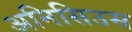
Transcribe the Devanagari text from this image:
अनिसिउस